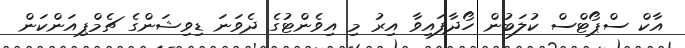
އާކް ސްޕޯޓްސް ކުލަބުން ހޯދާފައިވާ އިރު މި އިވެންޓުގެ ދެވަނަ ޑިވިޝަންގެ ޗެމްޕިއަންކަން